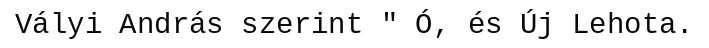
Vályi András szerint " Ó, és Új Lehota.